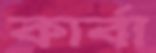
কার্বা